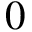
0